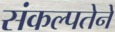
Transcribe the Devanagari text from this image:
संकल्पतेने